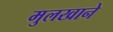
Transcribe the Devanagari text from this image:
मुलखाने